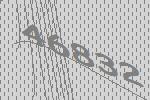
46832